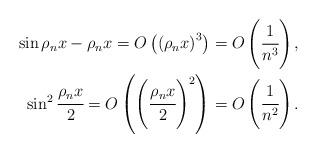
LaTeX: \begin{align*} \sin \rho_n x - \rho_n x = O \left( \left(\rho_n x\right)^3 \right) = O \left( \cfrac{1}{n^3} \right), \\ \sin^2 \cfrac{\rho_n x}{2} = O \left( \left(\cfrac{\rho_n x}{2}\right)^2 \right) = O \left( \cfrac{1}{n^2} \right). \end{align*}